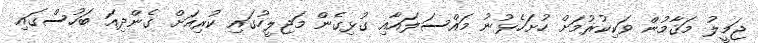
ޖަމީލު މަޤާމުން ވަކިކުރުމަށް ހުށަހެޅުނު މައްސަލައާއި ގުޅިގެން މަޖިލީހުގައި ކުރިއަށް ގެންދިއަ ބަހުސްގައި